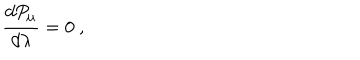
{ \frac { d P _ { \mu } } { d \lambda } } = 0 \ ,